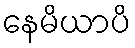
နေမိယာပိ